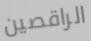
الراقصين